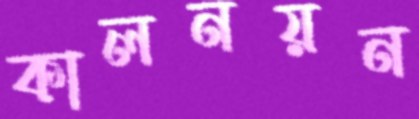
কালনয়ন